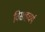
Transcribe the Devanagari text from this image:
विसाहचर्य